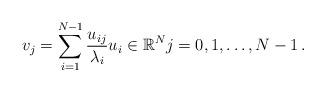
LaTeX: \begin{align*}v_j=\sum_{i=1}^{N-1}\frac{u_{ij}}{\lambda_i}u_i \in \mathbb{R}^N j=0, 1,\dots,N-1\,.\end{align*}